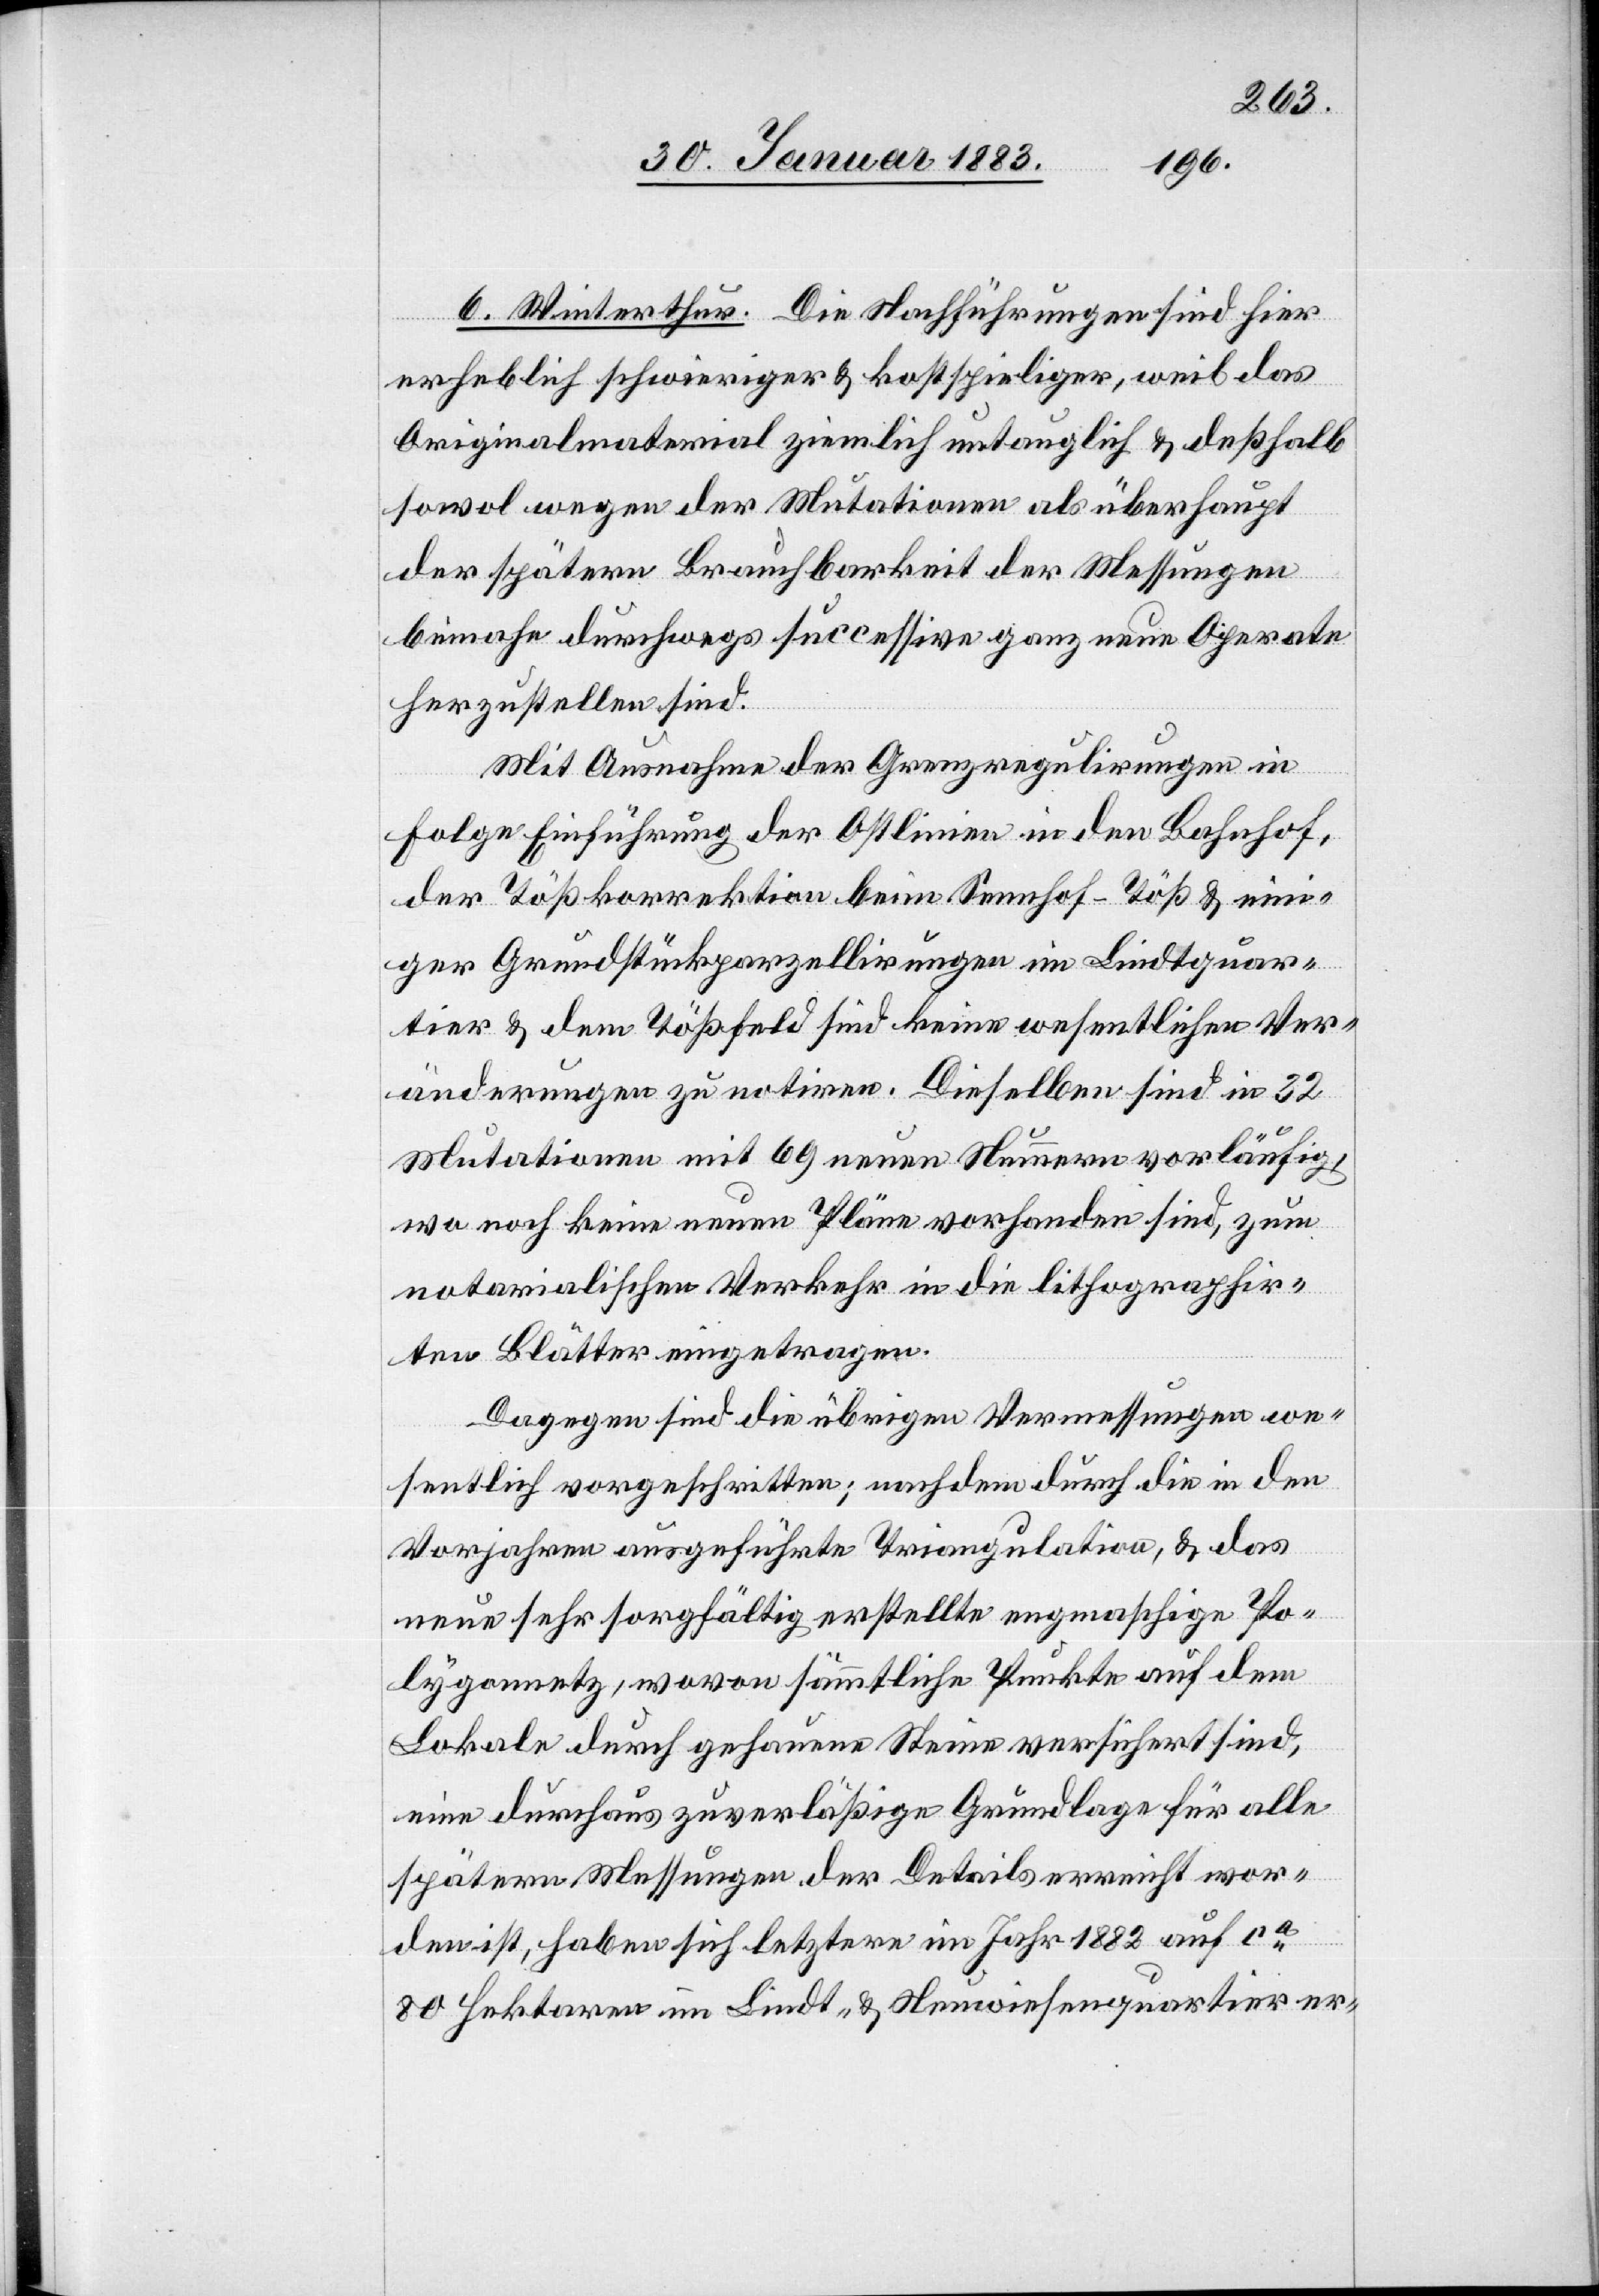
6. Winterthur. Die Nachführungen sind hier
erheblich schwieriger & kostspieliger, weil das
Originalmaterial ziemlich untauglich & deßhalb
sowol wegen der Mutationen als überhaupt
der spätern Brauchbarkeit der Messungen
beinahe durchwegs successive ganz neue Operate
herzustellen sind.
Mit Ausnahme der Grenzregulirungen in
Folge Einführung der Ostlinien in den Bahnhof,
der Tößkorrektion beim Sennhof - Töß & eini¬
ger Grundstückparzellirungen im Lindtquar¬
tier & dem Tößfeld sind keine wesentlichen Ver¬
änderungen zu notiren. Dieselben sind in 32
Mutationen mit 69 neuen Nummern vorläufig,
wo noch keine neuen Pläne vorhanden sind, zum
notarialischen Verkehr in die lithographir¬
ten Blätter eingetragen.
Dagegen sind die übrigen Vermessungen we¬
sentlich vorgeschritten; nachdem durch die in den
Vorjahren ausgeführte Triangulation, & das
neue sehr sorgfältig erstellte engmaschige Po¬
lygonnetz, wovon sämmtliche Punkte auf dem
Lokale durch gehauene Steine versichert sind,
eine durchaus zuverläßige Grundlage für alle
spätern Messungen der Details erreicht wor¬
den ist, haben sich letztere im Jahr 1882 auf ca
80 Hektaren im Lindt- & Neuwiesenquartier er-